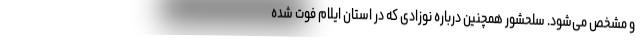
و مشخص می‌شود. سلحشور همچنین درباره نوزادی که در استان ایلام فوت شده